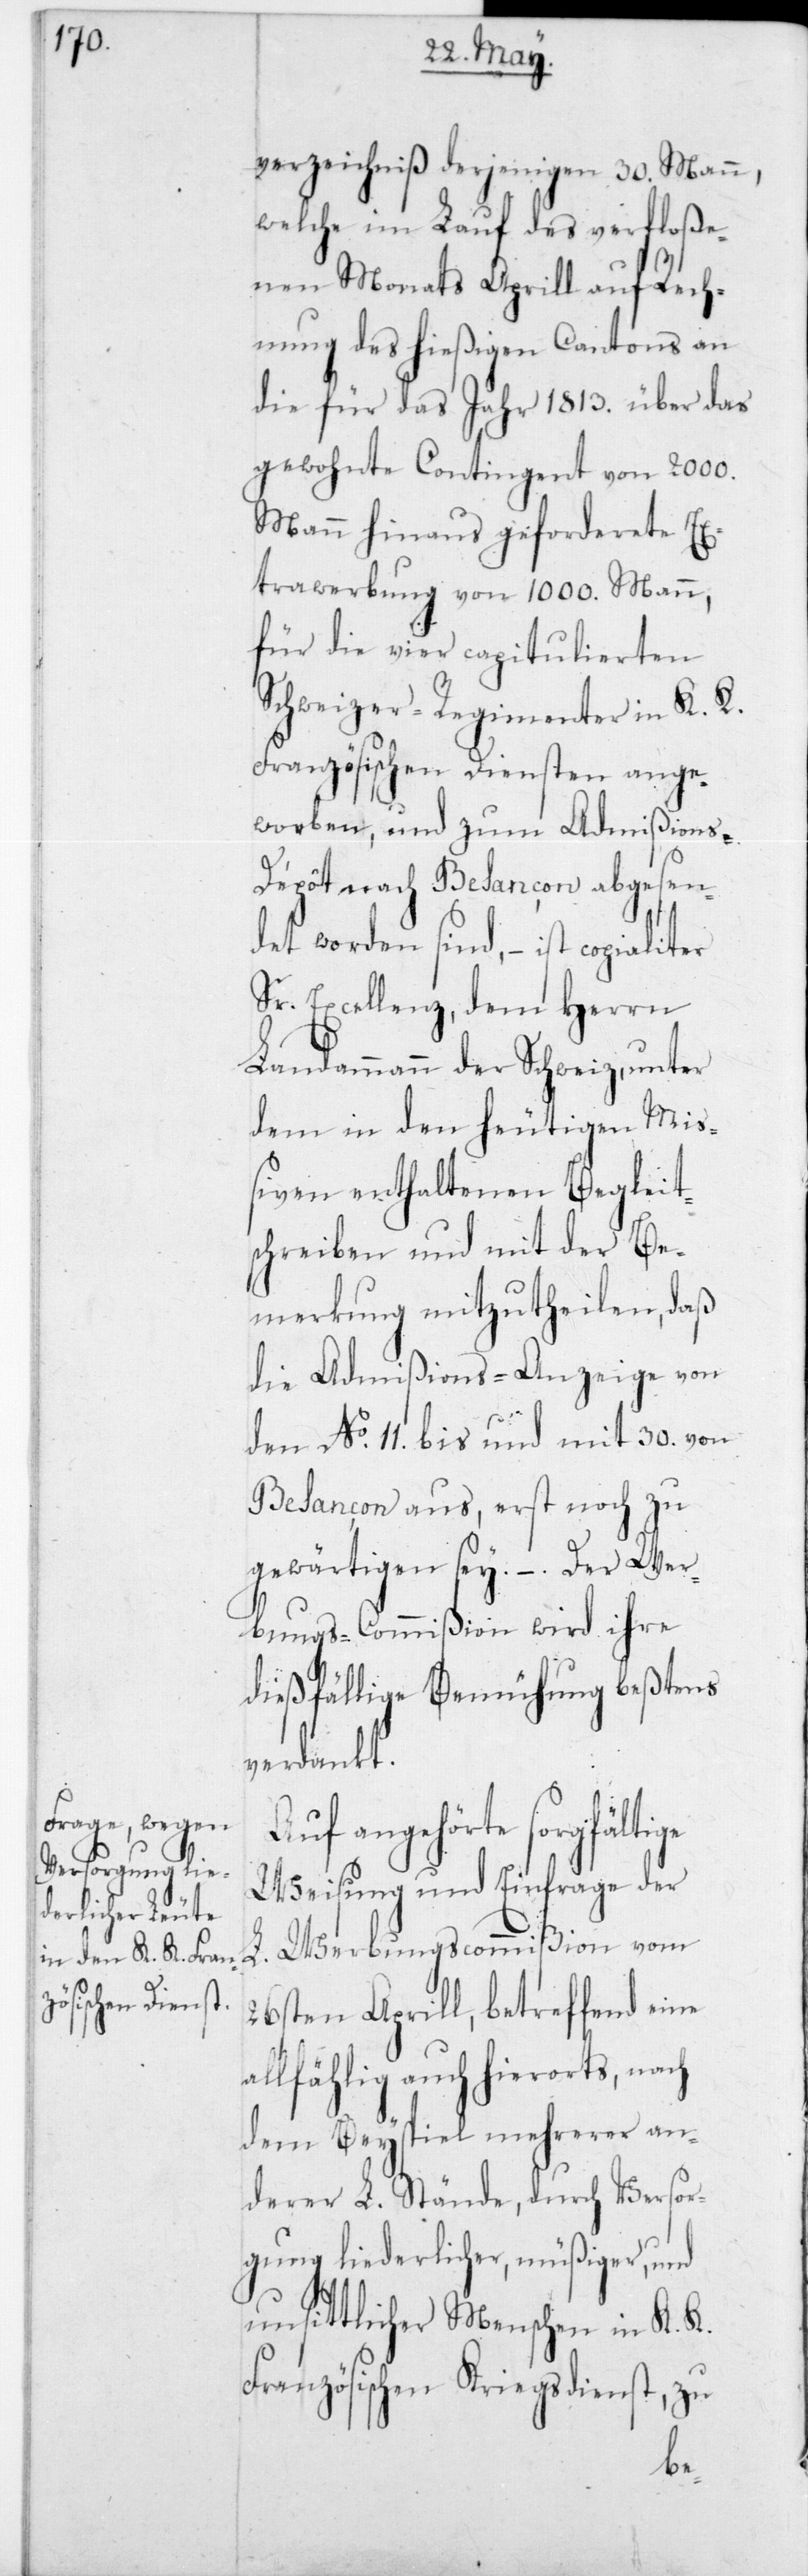
verzeichniß derjenigen 30 Mann,
welche im Lauf des verfloße¬
nen Monats Aprill auf Rech¬
nung des hießigen Cantons an
die für das Jahr 1813 über das
gewohnte Contingent von 2000
Mann hinaus geforderete Ex¬
trawerbung von 1000 Mann,
für die vier capitulierten
Schweizer-Regimenter in K. K.
Französischen Diensten ange¬
worben, und zum Admißions-D¬
épôt nach Besançon abgesen¬
det worden sind, – ist
Sr. Excellenz, dem Herrn
Landammann der Schweiz, unter
dem in den heutigen Mi¬
ßiven enthaltenen Begleit¬
schreiben und mit der Be¬
merkung mitzutheilen, daß
die Admißions-Anzeige von
den No 11 bis und mit 30 von
Besançon aus, erst noch zu
gewärtigen sey. – Der Wer¬
bungs-Commißion wird ihre
dießfällige Bemühung beßtens
verdankt.
Auf angehörte sorgfälti¬
Weisung und Einfrage der
L.
26sten Aprill, betreffend eine
allfählig auch hierorts, nach
dem Beyspiel mehrerer an¬
derer L. Stände, durch Versor¬
gung liederlicher, müßiger, und
unsittlicher Menschen in K. K.
Französischen Kriegsdienst, zu